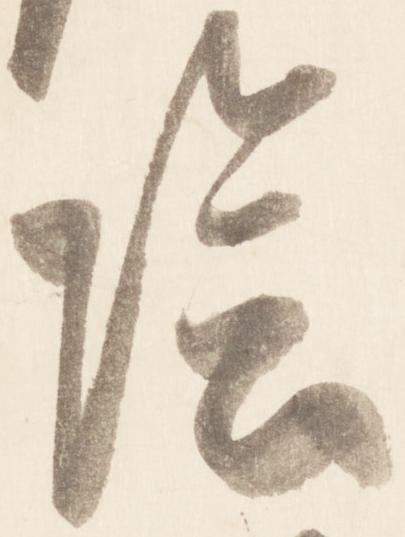
陰